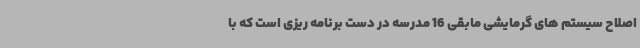
اصلاح سیستم های گرمایشی مابقی 16 مدرسه در دست برنامه ریزی است که با